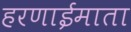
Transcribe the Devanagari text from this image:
हरणाईमाता